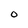
Character: 0